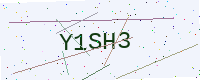
Text: Y1SH3